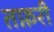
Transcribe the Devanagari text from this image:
तफ़री